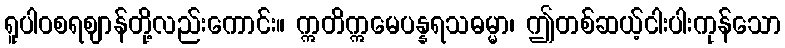
ရူပါဝစရဈာန်တို့လည်းကောင်း။ ဣတိဣမေပန္နရသဓမ္မာ၊ ဤတစ်ဆယ့်ငါးပါးကုန်သော